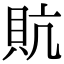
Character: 貥